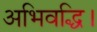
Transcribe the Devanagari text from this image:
अभिवद्धि।